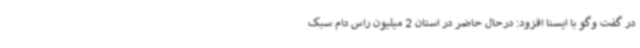
در گفت وگو با ایسنا افزود: درحال حاضر در استان 2 میلیون راس دام سبک